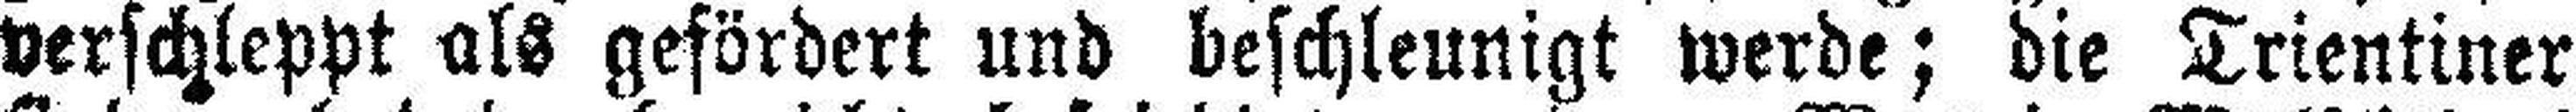
verschleppt als gefördert und beschleunigt werde; die Trientiner